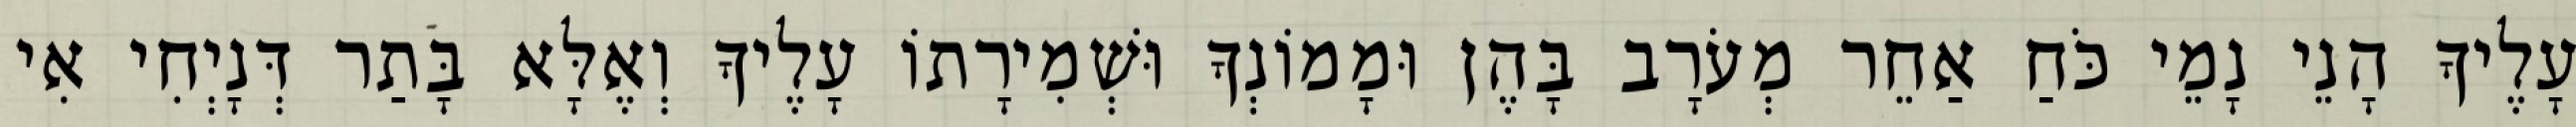
עָלֶיךָ הָנֵי נָמֵי כֹּחַ אַחֵר מְעֹרָב בָּהֶן וּמָמוֹנְךָ וּשְׁמִירָתוֹ עָלֶיךָ וְאֶלָּא בָּתַר דְּנָיְחִי אִי